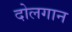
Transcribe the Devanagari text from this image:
दोलगान